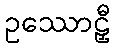
ဥဿောဠှီ